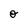
Character: o